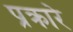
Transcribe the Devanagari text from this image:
प्रक्रारे